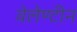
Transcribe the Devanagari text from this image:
वेलेण्टीन